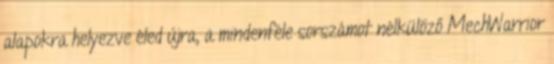
alapokra helyezve éled újra, a mindenféle sorszámot nélkülöző MechWarrior